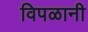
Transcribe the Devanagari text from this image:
विपळानी